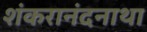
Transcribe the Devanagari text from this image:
शंकरानंदनाथा